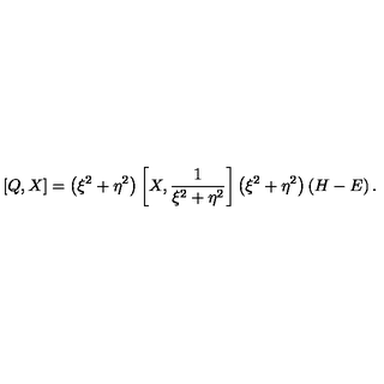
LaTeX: \left[ Q , X \right] = \left( \xi ^ { 2 } + \eta ^ { 2 } \right) \left[ X , \frac { 1 } { \xi ^ { 2 } + \eta ^ { 2 } } \right] \left( \xi ^ { 2 } + \eta ^ { 2 } \right) \left( H - E \right) .